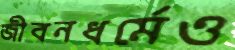
জীবনধর্মেও